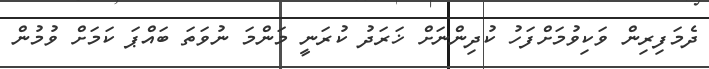
ދެމަފިރިން ވަކިވުމަށްފަހު ކުދިންނަށް ޚަރަދު ކުރަނީ މަންމަ ނުވަތަ ބައްޕަ ކަމަށް ވުމުން